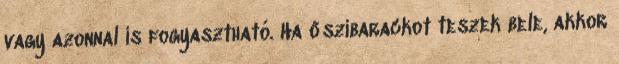
vagy azonnal is fogyasztható. Ha őszibarackot teszek bele, akkor